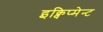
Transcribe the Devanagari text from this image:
इक्विप्मेन्ट